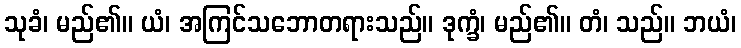
သုခံ၊ မည်၏။ ယံ၊ အကြင်သဘောတရားသည်။ ဒုက္ခံ၊ မည်၏။ တံ၊ သည်။ ဘယံ၊